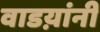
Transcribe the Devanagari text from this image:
वाडय़ांनी